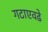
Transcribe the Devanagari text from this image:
गटाएवढे